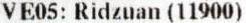
VE05: RIDZUAN (11900)